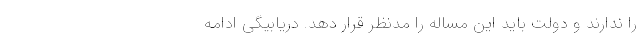
را ندارند و دولت باید این مساله را مدنظر قرار دهد. دریابیگی ادامه